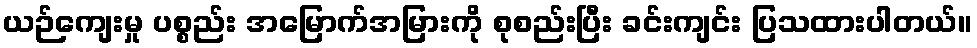
ယဉ်ကျေးမှု ပစ္စည်း အမြောက်အမြားကို စုစည်းပြီး ခင်းကျင်း ပြသထားပါတယ်။